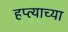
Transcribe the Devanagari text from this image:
हप्‍त्याच्या